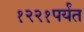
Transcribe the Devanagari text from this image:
१२२१पर्यंत